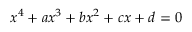
x ^ { 4 } + a x ^ { 3 } + b x ^ { 2 } + c x + d = 0